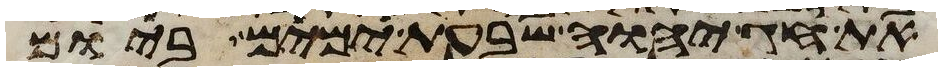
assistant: את חג יהוה שבעת ימים ביום